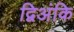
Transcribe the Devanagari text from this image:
द्विअंकि